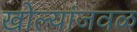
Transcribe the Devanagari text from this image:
खोल्यांजवळ